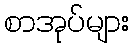
စာအုပ်များ